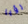
رؤيا